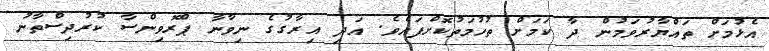
އެޅުމަށް ތައްޔާރުވަމުން ދާ ކަމަށް ތުހުމަތުކޮށްފައެވެ. އަދި އިރާގުގެ ނިވާނާ ޕްރޮވިންސާ ކުރުދިސްތާނު